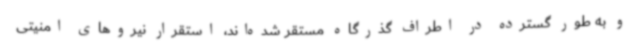
و به طور گسترده در اطراف گذرگاه مستقر شده‌اند، استقرار نیروهای امنیتی